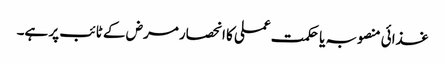
غذائی منصوبہ یا حکمت عملی کا انحصار مرض کے ٹائب پر ہے۔